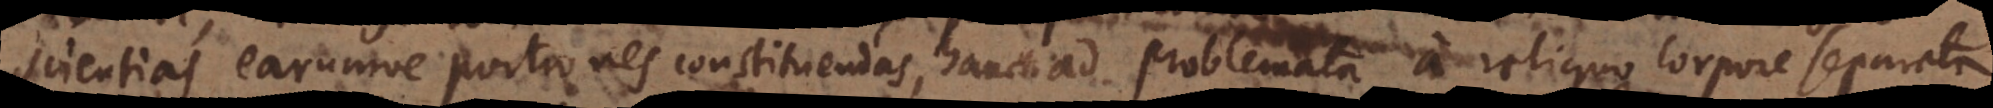
scientias earumve portiones constituendas, hanc ad problemata a reliquo corpore separata